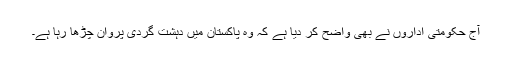
آج حکومتی اداروں نے بھی واضح کر دیا ہے کہ وہ پاکستان میں دہشت گردی پروان چڑھا رہا ہے۔